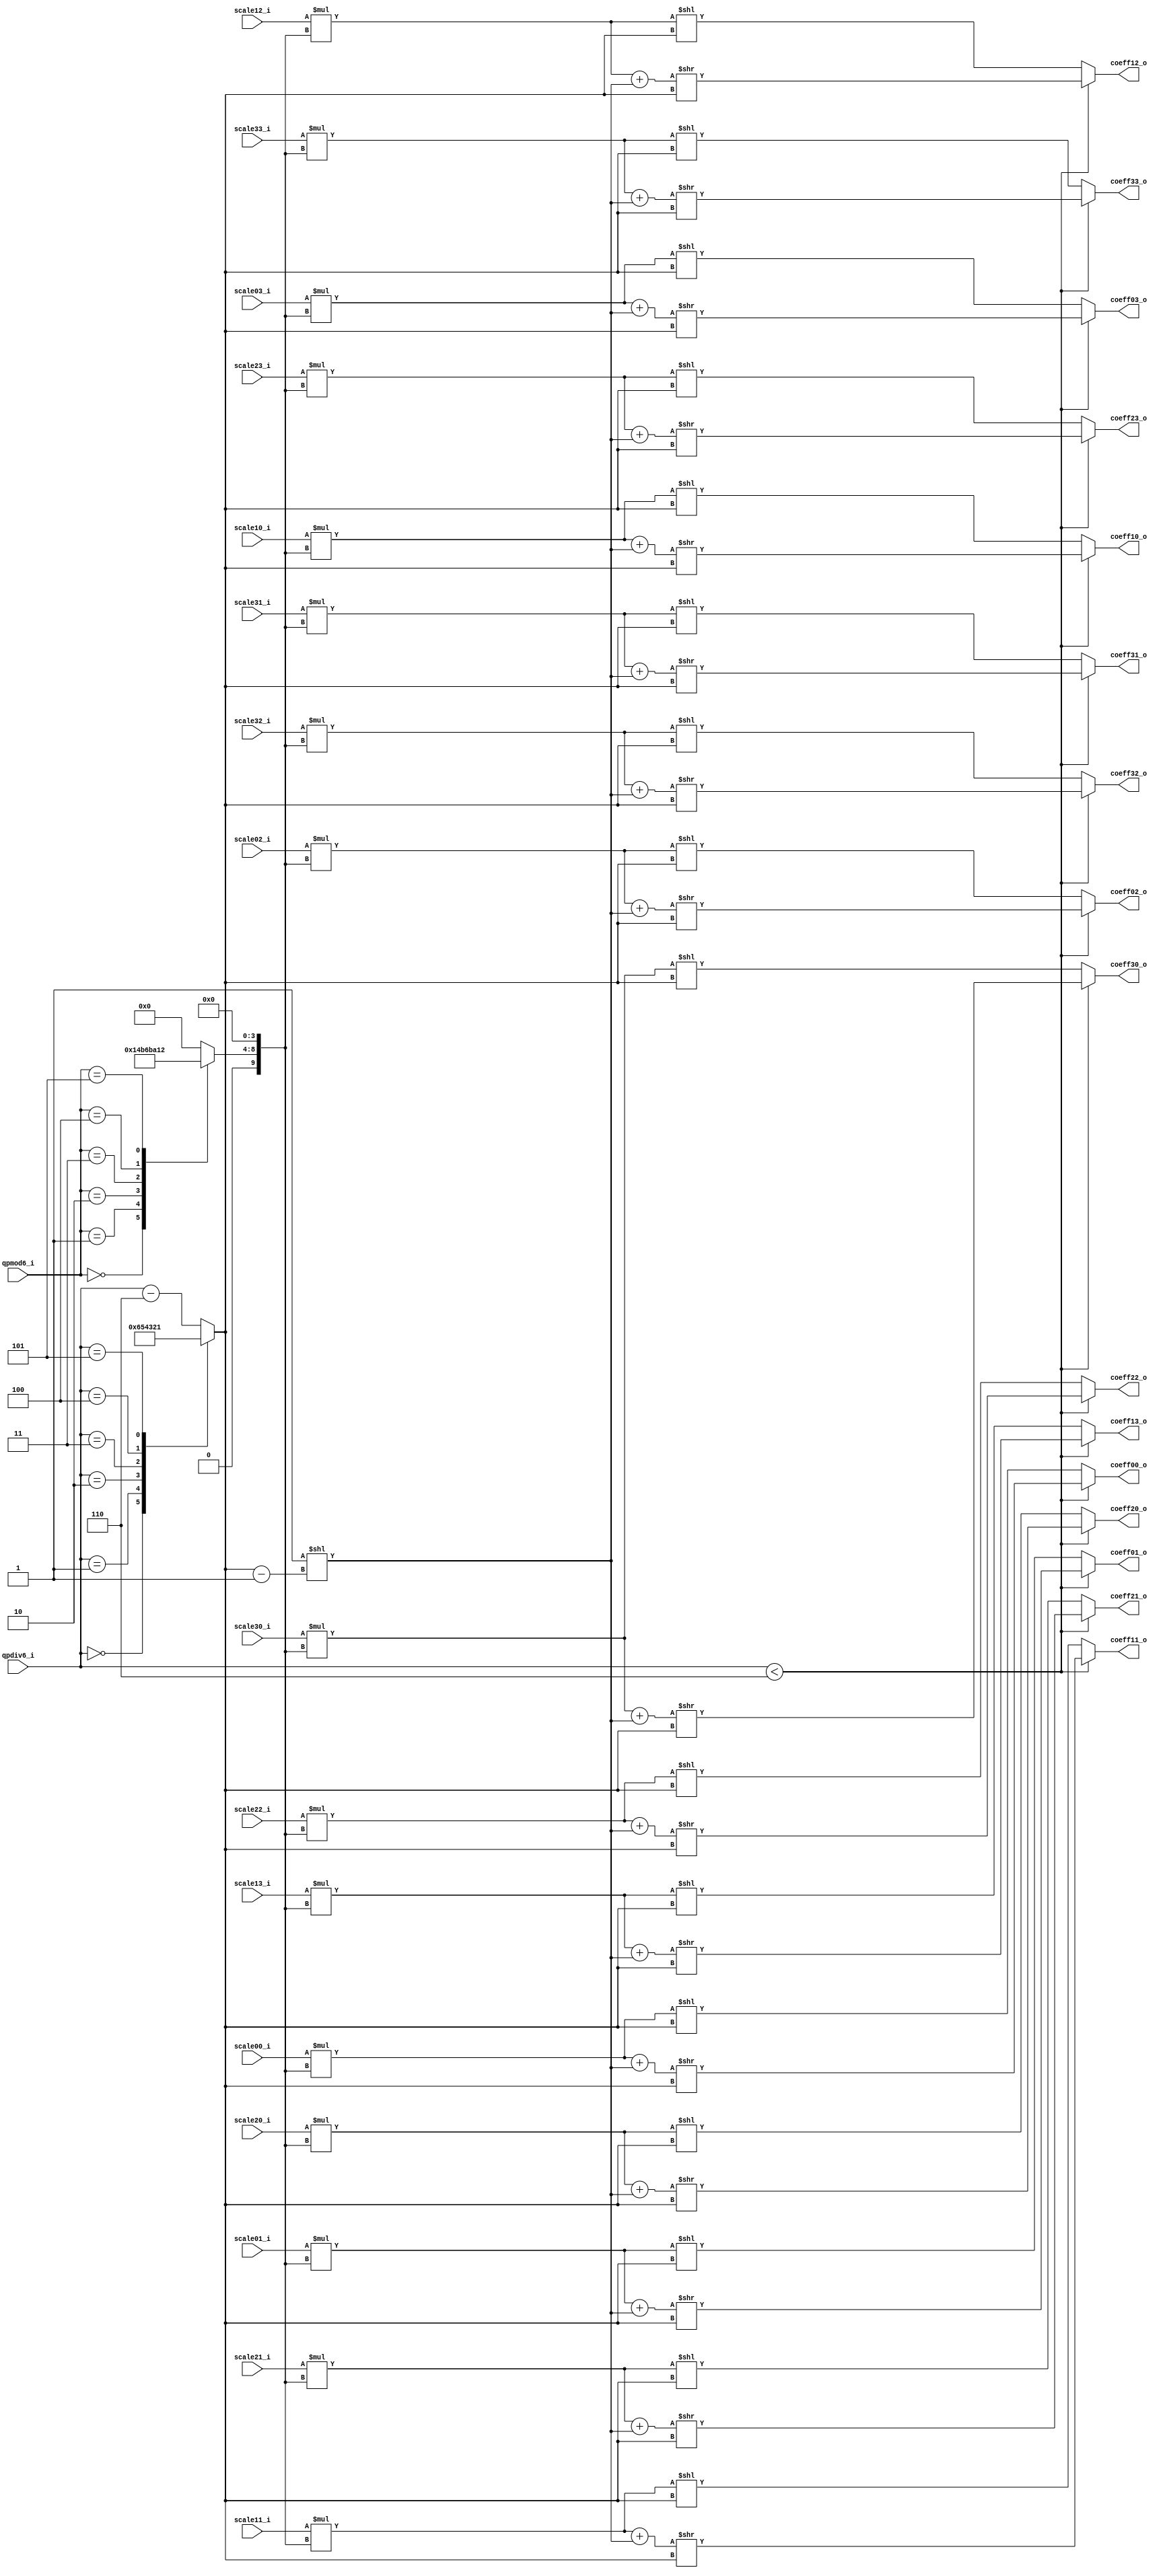
module tq_dequant4x4_dc(
				qpmod6_i,
				qpdiv6_i,
				
				scale00_i,
				scale01_i,
				scale02_i,
				scale03_i,
				scale10_i,
				scale11_i,
				scale12_i,
				scale13_i,
				scale20_i,
				scale21_i,
				scale22_i,
				scale23_i,
				scale30_i,
				scale31_i,
				scale32_i,
				scale33_i,
				
				coeff00_o,
				coeff01_o,
				coeff02_o,
				coeff03_o,
				coeff10_o,
				coeff11_o,
				coeff12_o,
				coeff13_o,
				coeff20_o,
				coeff21_o,
				coeff22_o,
				coeff23_o,
				coeff30_o,
				coeff31_o,
				coeff32_o,
				coeff33_o
);

parameter IN_WIDTH  = 15;
parameter OUT_WIDTH = 15;

input [2:0] qpmod6_i; 
input [3:0] qpdiv6_i;

input signed [IN_WIDTH-1:0] scale00_i;
input signed [IN_WIDTH-1:0] scale01_i;
input signed [IN_WIDTH-1:0] scale02_i;
input signed [IN_WIDTH-1:0] scale03_i;
input signed [IN_WIDTH-1:0] scale10_i;
input signed [IN_WIDTH-1:0] scale11_i;
input signed [IN_WIDTH-1:0] scale12_i;
input signed [IN_WIDTH-1:0] scale13_i;
input signed [IN_WIDTH-1:0] scale20_i;
input signed [IN_WIDTH-1:0] scale21_i;
input signed [IN_WIDTH-1:0] scale22_i;
input signed [IN_WIDTH-1:0] scale23_i;
input signed [IN_WIDTH-1:0] scale30_i;
input signed [IN_WIDTH-1:0] scale31_i;
input signed [IN_WIDTH-1:0] scale32_i;
input signed [IN_WIDTH-1:0] scale33_i;

output signed [OUT_WIDTH-1:0] coeff00_o;
output signed [OUT_WIDTH-1:0] coeff01_o;
output signed [OUT_WIDTH-1:0] coeff02_o;
output signed [OUT_WIDTH-1:0] coeff03_o;
output signed [OUT_WIDTH-1:0] coeff10_o;
output signed [OUT_WIDTH-1:0] coeff11_o;
output signed [OUT_WIDTH-1:0] coeff12_o;
output signed [OUT_WIDTH-1:0] coeff13_o;
output signed [OUT_WIDTH-1:0] coeff20_o;
output signed [OUT_WIDTH-1:0] coeff21_o;
output signed [OUT_WIDTH-1:0] coeff22_o;
output signed [OUT_WIDTH-1:0] coeff23_o;
output signed [OUT_WIDTH-1:0] coeff30_o;
output signed [OUT_WIDTH-1:0] coeff31_o;
output signed [OUT_WIDTH-1:0] coeff32_o;
output signed [OUT_WIDTH-1:0] coeff33_o;

wire signed [24:0] coeff00_o_w;
wire signed [24:0] coeff01_o_w;
wire signed [24:0] coeff02_o_w;
wire signed [24:0] coeff03_o_w;
wire signed [24:0] coeff10_o_w;
wire signed [24:0] coeff11_o_w;
wire signed [24:0] coeff12_o_w;
wire signed [24:0] coeff13_o_w;
wire signed [24:0] coeff20_o_w;
wire signed [24:0] coeff21_o_w;
wire signed [24:0] coeff22_o_w;
wire signed [24:0] coeff23_o_w;
wire signed [24:0] coeff30_o_w;
wire signed [24:0] coeff31_o_w;
wire signed [24:0] coeff32_o_w;
wire signed [24:0] coeff33_o_w;
  
wire [IN_WIDTH+9:0] bias_w;
reg  [3:0]  shift_len_w;

reg  signed [5: 0] de_mf00_w;

wire signed [IN_WIDTH+9:0] product_tmp00_w;
wire signed [IN_WIDTH+9:0] product_tmp01_w;
wire signed [IN_WIDTH+9:0] product_tmp02_w;
wire signed [IN_WIDTH+9:0] product_tmp03_w;
wire signed [IN_WIDTH+9:0] product_tmp10_w;
wire signed [IN_WIDTH+9:0] product_tmp11_w;
wire signed [IN_WIDTH+9:0] product_tmp12_w;
wire signed [IN_WIDTH+9:0] product_tmp13_w;
wire signed [IN_WIDTH+9:0] product_tmp20_w;
wire signed [IN_WIDTH+9:0] product_tmp21_w;
wire signed [IN_WIDTH+9:0] product_tmp22_w;
wire signed [IN_WIDTH+9:0] product_tmp23_w;
wire signed [IN_WIDTH+9:0] product_tmp30_w;
wire signed [IN_WIDTH+9:0] product_tmp31_w;
wire signed [IN_WIDTH+9:0] product_tmp32_w;
wire signed [IN_WIDTH+9:0] product_tmp33_w;

assign product_tmp00_w = scale00_i * ({de_mf00_w,4'b0});
assign product_tmp01_w = scale01_i * ({de_mf00_w,4'b0});
assign product_tmp02_w = scale02_i * ({de_mf00_w,4'b0});
assign product_tmp03_w = scale03_i * ({de_mf00_w,4'b0});
assign product_tmp10_w = scale10_i * ({de_mf00_w,4'b0});
assign product_tmp11_w = scale11_i * ({de_mf00_w,4'b0});
assign product_tmp12_w = scale12_i * ({de_mf00_w,4'b0});
assign product_tmp13_w = scale13_i * ({de_mf00_w,4'b0});
assign product_tmp20_w = scale20_i * ({de_mf00_w,4'b0});
assign product_tmp21_w = scale21_i * ({de_mf00_w,4'b0});
assign product_tmp22_w = scale22_i * ({de_mf00_w,4'b0});
assign product_tmp23_w = scale23_i * ({de_mf00_w,4'b0});
assign product_tmp30_w = scale30_i * ({de_mf00_w,4'b0});
assign product_tmp31_w = scale31_i * ({de_mf00_w,4'b0});
assign product_tmp32_w = scale32_i * ({de_mf00_w,4'b0});
assign product_tmp33_w = scale33_i * ({de_mf00_w,4'b0});

assign coeff00_o_w = (qpdiv6_i < 6)? ((product_tmp00_w + bias_w) >> shift_len_w) : (product_tmp00_w << shift_len_w);
assign coeff01_o_w = (qpdiv6_i < 6)? ((product_tmp01_w + bias_w) >> shift_len_w) : (product_tmp01_w << shift_len_w);
assign coeff02_o_w = (qpdiv6_i < 6)? ((product_tmp02_w + bias_w) >> shift_len_w) : (product_tmp02_w << shift_len_w);
assign coeff03_o_w = (qpdiv6_i < 6)? ((product_tmp03_w + bias_w) >> shift_len_w) : (product_tmp03_w << shift_len_w);
assign coeff10_o_w = (qpdiv6_i < 6)? ((product_tmp10_w + bias_w) >> shift_len_w) : (product_tmp10_w << shift_len_w);
assign coeff11_o_w = (qpdiv6_i < 6)? ((product_tmp11_w + bias_w) >> shift_len_w) : (product_tmp11_w << shift_len_w);
assign coeff12_o_w = (qpdiv6_i < 6)? ((product_tmp12_w + bias_w) >> shift_len_w) : (product_tmp12_w << shift_len_w);
assign coeff13_o_w = (qpdiv6_i < 6)? ((product_tmp13_w + bias_w) >> shift_len_w) : (product_tmp13_w << shift_len_w);
assign coeff20_o_w = (qpdiv6_i < 6)? ((product_tmp20_w + bias_w) >> shift_len_w) : (product_tmp20_w << shift_len_w);
assign coeff21_o_w = (qpdiv6_i < 6)? ((product_tmp21_w + bias_w) >> shift_len_w) : (product_tmp21_w << shift_len_w);
assign coeff22_o_w = (qpdiv6_i < 6)? ((product_tmp22_w + bias_w) >> shift_len_w) : (product_tmp22_w << shift_len_w);
assign coeff23_o_w = (qpdiv6_i < 6)? ((product_tmp23_w + bias_w) >> shift_len_w) : (product_tmp23_w << shift_len_w);
assign coeff30_o_w = (qpdiv6_i < 6)? ((product_tmp30_w + bias_w) >> shift_len_w) : (product_tmp30_w << shift_len_w);
assign coeff31_o_w = (qpdiv6_i < 6)? ((product_tmp31_w + bias_w) >> shift_len_w) : (product_tmp31_w << shift_len_w);
assign coeff32_o_w = (qpdiv6_i < 6)? ((product_tmp32_w + bias_w) >> shift_len_w) : (product_tmp32_w << shift_len_w);
assign coeff33_o_w = (qpdiv6_i < 6)? ((product_tmp33_w + bias_w) >> shift_len_w) : (product_tmp33_w << shift_len_w);

assign coeff00_o =  coeff00_o_w[14 : 0];
assign coeff01_o =  coeff01_o_w[14 : 0];
assign coeff02_o =  coeff02_o_w[14 : 0];
assign coeff03_o =  coeff03_o_w[14 : 0];
assign coeff10_o =  coeff10_o_w[14 : 0];
assign coeff11_o =  coeff11_o_w[14 : 0];
assign coeff12_o =  coeff12_o_w[14 : 0];
assign coeff13_o =  coeff13_o_w[14 : 0];
assign coeff20_o =  coeff20_o_w[14 : 0];
assign coeff21_o =  coeff21_o_w[14 : 0];
assign coeff22_o =  coeff22_o_w[14 : 0];
assign coeff23_o =  coeff23_o_w[14 : 0];
assign coeff30_o =  coeff30_o_w[14 : 0];
assign coeff31_o =  coeff31_o_w[14 : 0];
assign coeff32_o =  coeff32_o_w[14 : 0];
assign coeff33_o =  coeff33_o_w[14 : 0];


assign bias_w = 25'd1 << (shift_len_w - 1'b1);

always @(*)
	case (qpdiv6_i)
		4'b0000:shift_len_w = 3'd6;
		4'b0001:shift_len_w = 3'd5;
		4'b0010:shift_len_w = 3'd4;
		4'b0011:shift_len_w = 3'd3;
		4'b0100:shift_len_w = 3'd2;
		4'b0101:shift_len_w = 3'd1;
		default:shift_len_w = qpdiv6_i - 3'd6;
	endcase

always @(*)
	case (qpmod6_i)
		3'b000:de_mf00_w = 6'd10;
		3'b001:de_mf00_w = 6'd11;
		3'b010:de_mf00_w = 6'd13;
		3'b011:de_mf00_w = 6'd14;
		3'b100:de_mf00_w = 6'd16;
		3'b101:de_mf00_w = 6'd18;
		default: de_mf00_w = 6'd0;
	endcase

endmodule